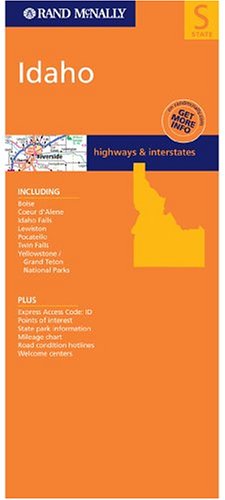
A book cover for Idaho (Rand McNally Folded Map: States); Rand McNally; Travel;